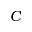
C